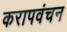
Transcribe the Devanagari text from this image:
करापवंचन